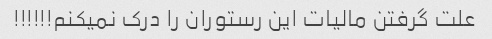
علت گرفتن مالیات این رستوران را درک نمیکنم!!!!!!